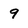
Character: 9